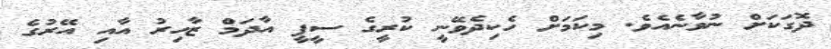
ދޮގަކަށް ނުވާނެއެވެ. މިކަމަށް ހެކިދެވޭނީ ކުރީގެ ސީޕީ އާދަމް ޒާހިރު އާއި އޭރުގެ